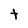
Character: t